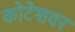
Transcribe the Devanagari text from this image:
कोटेशवर